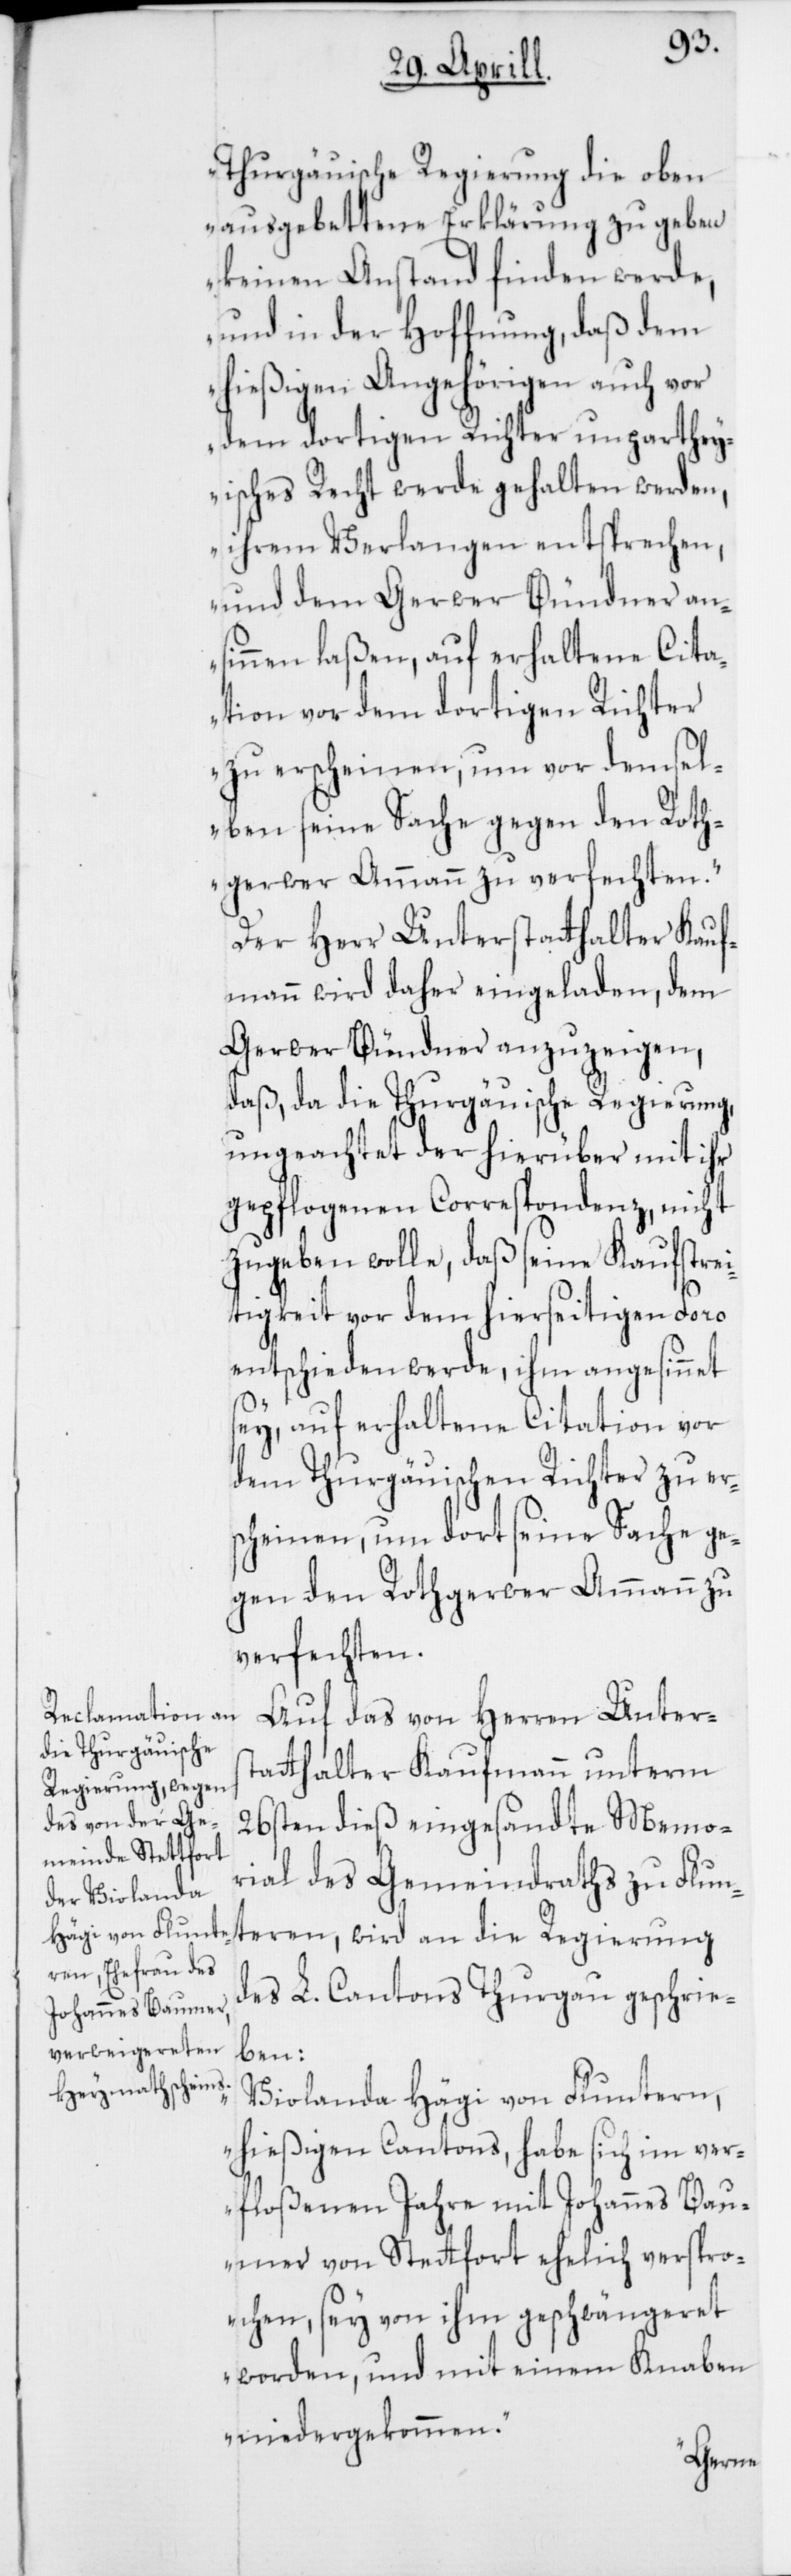
Thurgauische Regierung die oben
ausgebettene Erklärung zu geben
keinen Anstand finden werde,
und in der Hoffnung, daß dem
hießigen Angehörigen auch vor
dem dortigen Richter unparthey¬
isches Recht werde gehalten werden,
ihrem Verlangen entsprechen,
und dem Gerwer Bündner an¬
sinnen laßen, auf erhaltene Cita¬
tion vor dem dortigen Richter
zu erscheinen, um vor demsel¬
ben seine Sache gegen den Roth¬
gerwer Ammann zu verfechten.“
Der Herr Unterstatthalter Kauf¬
mann wird daher eingeladen, dem
Gerwer Bündner anzuzeigen,
daß, da die Thurgauische Regierung,
ungeachtet der hierüber mit ihr
gepflogenen Correspondenz, nicht
zugeben wolle, daß seine Kaufstrei¬
tigkeit vor dem hierseitigen Foro
entschieden werde, ihm angesinnet
sey, auf erhaltene Citation vor
dem Thurgauischen Richter zu er¬
scheinen, um dort seine Sache ge¬
gen den Rothgerwer Ammann zu
verfechten.
Auf das von Herren Unters¬
tatthalter Kaufmann unterm
26sten dieß eingesandte Memo¬
rial des Gemeindraths zu Flun¬
tern, wird an die Regierung
des L. Cantons Thurgau geschrie¬
ben:
„Violanda Hägi von Fluntern,
hießigen Cantons, habe sich im ver¬
floßenen Jahre mit Johannes Bau¬
mer von Stetfort [sic!] ehelich verspro¬
chen, sey von ihm geschwängeret
worden und mit einem Knaben
niedergekommen.